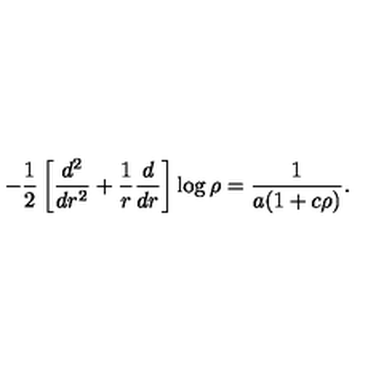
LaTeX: - \frac 1 2 \left[ \frac { d ^ { 2 } } { d r ^ { 2 } } + \frac 1 r \frac d { d r } \right] \log \rho = \frac 1 { a ( 1 + c \rho ) } .